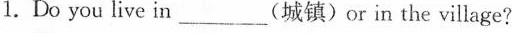
1.Do you live in_________(城镇)or in the village?